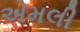
એમલી